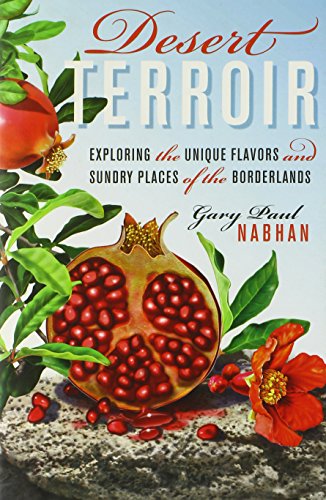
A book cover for Desert Terroir: Exploring the Unique Flavors and Sundry Places of the Borderlands (Ellen and Edward Randall Series); Gary Paul Nabhan; Cookbooks, Food & Wine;